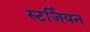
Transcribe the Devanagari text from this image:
स्टर्जियन